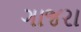
ગાજરા